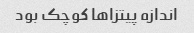
اندازه پیتزاها کوچک بود